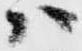
ハ